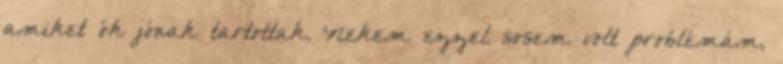
amiket ők jónak tartottak. Nekem ezzel sosem volt problémám,